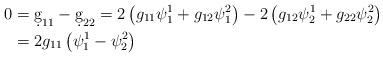
LaTeX: \begin{align*}0&=\d g_{11}-\d g_{22}=2\left(g_{11}\psi^1_1+g_{12}\psi^2_1\right)-2\left(g_{12}\psi^1_2+g_{22}\psi^2_2\right)\\&=2g_{11}\left(\psi^1_1-\psi^2_2\right)\end{align*}